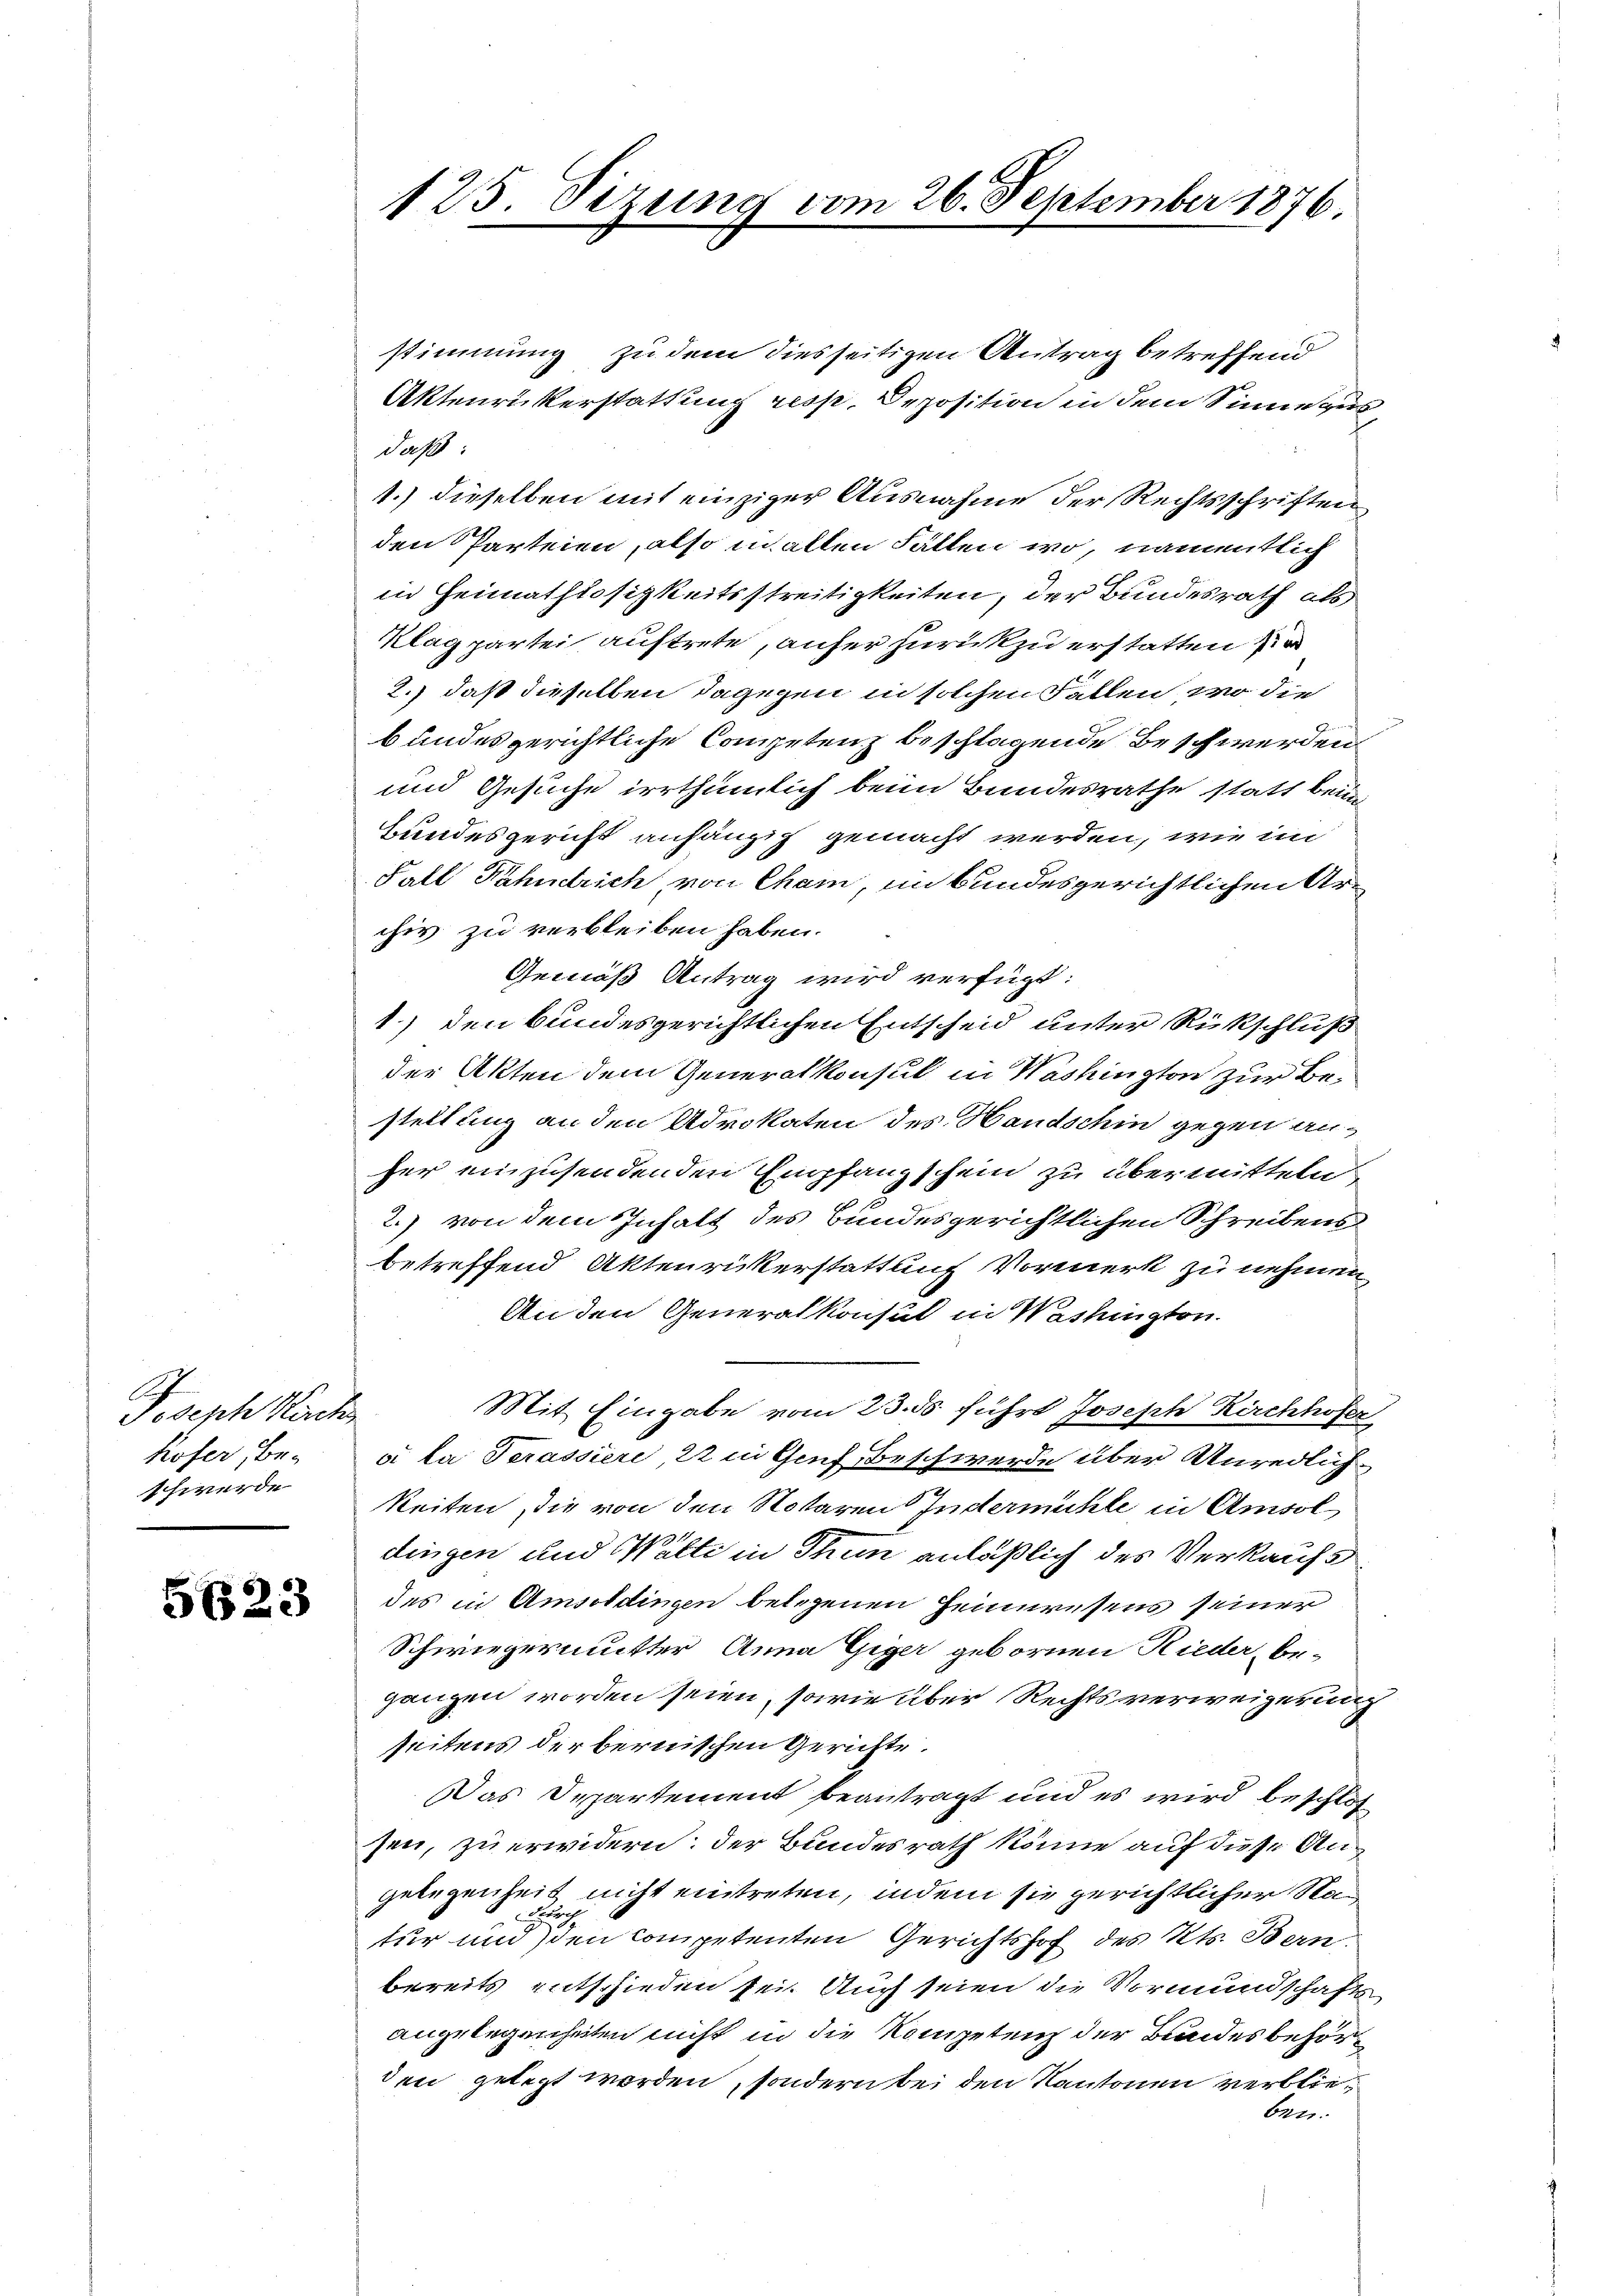
Joseph Kirchen
Koser, be-
schwerde

5623

125. Sezung vom 26. September 1876

stimmung zu dem diesseitigen Antrag betreffend
Aktenrükerstattung resp. Deposition in dem Sinne aus,
daß
1.) dieselben mit einziger Ausnahme der Rechtsschriften
den Parteien, also walten Fallen, wo, namentlich
in Heimathlosigkeitsstreitigkeiten, der Bundesrath als
Klagpartei auftrete, aufer zurückzuerstatten sie
2.) daß dieselben dagegen in solchen Fällen, wo die
bundesgerichtliche Competenz beschlagende Beschwerden
und Gesuche irrthümlich beim Bundesrathe statt beim
Bundesgericht anhängig gemacht werden, wie im
Fall Fähndrich von Cham, im bundesgerichtlichen Archiv zu verbleiben haben.
Gemäß Antrag wird verfügt:
1) den bundesgerichtlichen Entscheid unter Rückschluß
der Akten dem Generalkonsul in Washington zur Be-
stellung an den Advokaten des Handschin gegen anher einzusendenden Empfangschein zu übermitteln,
2.) von dem Inhalt des Bundesgerichtlichen Schreibens
betreffend Aktenrükerstattung Vormerk zu nehmen,
An den Generalkonsul in Washington.
Mit Eingabe vom 23. ds. führt Joseph Kirchhofer
a la Serassiere 22 in Genf Beschwerde über Unredlich¬
Reiten die von den Notaren Indermühle in Amsol
dingen und Walte in Thun anläßlich des Verkaufs
des in Amsoldingen belegenen Heimwesens seiner
Schwiegermutter Anna Giger gebornen Rieder, be-
ganzen worden seien, sowie über Rechtsverweigerung
seitens der bernischen Gerichte.
Das Departement beantragt und es wird beschlos
sen, zu erwidern: der Bundesrath könne auf diese Angelegenheit nicht eintreten, indem sie gerichtlicher Stan
tur und den competenten Gerichtshof des Kts. Bern.
bereits entschieden sei. Auch seien die Vormundschafts
angelegenheiten nicht in die Kompetenz der Bundesbehörden gelegt worden, sondern bei den Kantonen verblieben.